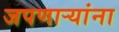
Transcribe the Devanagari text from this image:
जपणाऱ्यांना